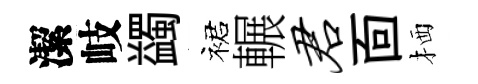
潔岐蠲裙輾君靣栖